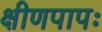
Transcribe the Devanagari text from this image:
क्षीणपापः